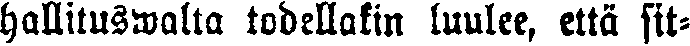
hallituswalta todellakin luulee, että sit-